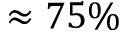
\approx 7 5 \%